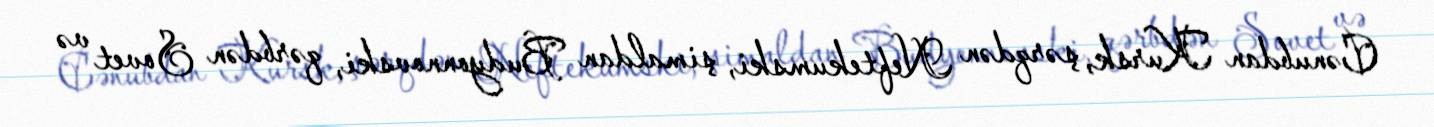
Cənubdan Kursk, şərqdən Neftekumski, şimaldan Budyonnovski, qərbdən Sovet və